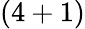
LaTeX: (4+1)